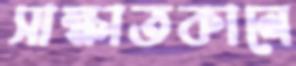
সাক্ষাতকালে